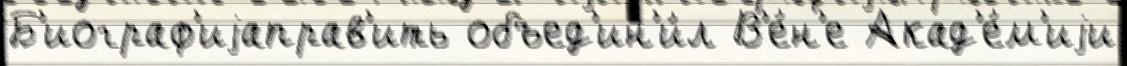
Б'иограф'иjаправ'ить объед'ин'и́л В'е́н'е Акад'е́м'иjи